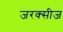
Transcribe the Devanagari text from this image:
जरक्सीज